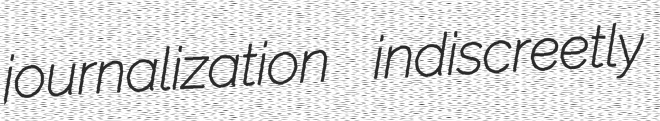
journalization indiscreetly